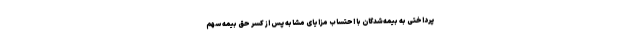
پرداختی به بیمه‌شدگان با احتساب مزایای مشابه پس از کسر حق بیمه سهم